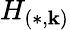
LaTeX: H_{(*,\mathbf{k})}